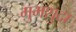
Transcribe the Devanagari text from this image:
ग़ुमशुदा